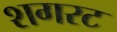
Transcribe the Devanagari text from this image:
शगरट